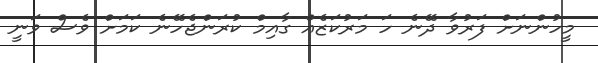
މީހުންނަށް ފަރުވާ ދޭނެ ހަ މަރުކަޒެއް ގާއިމް ކުރަންޖެހޭނެ ކަމަށް ވެސް ވަނީ